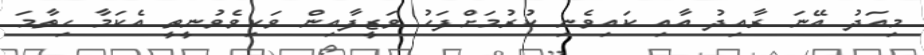
މިއަދު އޭނަ ރާއިދު އާއި ކައިވެނި ކުރުމަށްފަހު ވަޒީފާއިން ވަކިވެވުނީތީ އެކަމާ ހިތާމަ